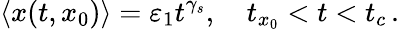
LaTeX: \langle x(t,x_{0})\rangle=\varepsilon_{1}t^{\gamma_{s}},\quad t_{x_{0}}<t<t_{c}\, .